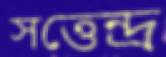
সত্তেন্দ্র